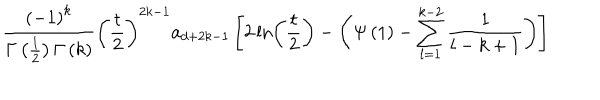
\frac { \left( - 1 \right) ^ { k } } { \Gamma \left( \frac 1 2 \right) \Gamma \left( k \right) } \left( \frac t 2 \right) ^ { 2 k - 1 } a _ { d + 2 k - 1 } \left[ 2 \ln \left( \frac t 2 \right) - \left( \Psi \left( 1 \right) - \sum _ { l = 1 } ^ { k - 2 } \frac 1 { l - k + 1 } \right) \right]